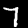
Label: 7